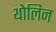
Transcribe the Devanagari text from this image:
थोलिन